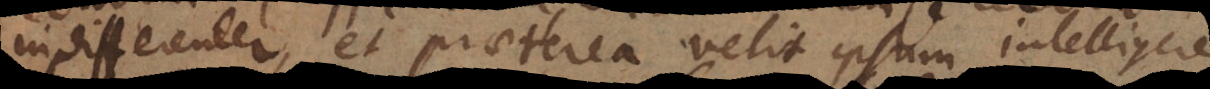
indifferenter, et praeterea velit ipsum intelligere